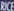
RICE